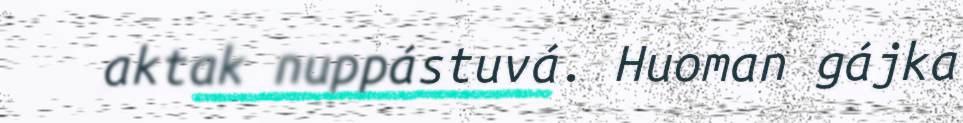
aktak nuppástuvá. Huoman gájka